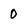
Character: 0